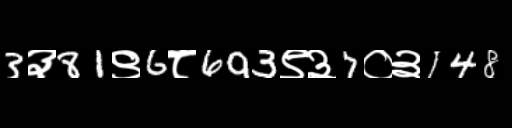
Text: 3३81९6८693९३7०३148